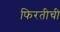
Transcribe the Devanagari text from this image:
फिरतीची